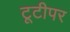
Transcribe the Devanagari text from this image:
टूटीपर